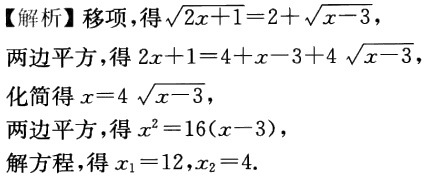
【解析】移项，得\(\sqrt{2x + 1}=2+\sqrt{x - 3}\)，

两边平方，得\(2x + 1 = 4 + x - 3 + 4\sqrt{x - 3}\)，

化简得\(x = 4\sqrt{x - 3}\)，

两边平方，得\(x^{2}=16(x - 3)\)，

解方程，得\(x_{1}=12,x_{2}=4\)。